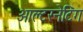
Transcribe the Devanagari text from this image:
आल्टरनेटिंग